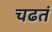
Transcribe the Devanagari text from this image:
चढतं